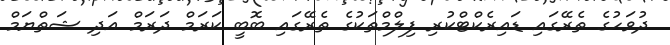
ދުވަހުގެ ތެރޭގައި ޑައިރެކްޓްކުރި ފިލްމްތަކުގެ ތެރޭގައި ބޮބީ ކަރަމް ދަރަމް އަދި ޝަތްޔަމް